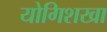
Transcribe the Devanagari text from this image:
योगिशखा